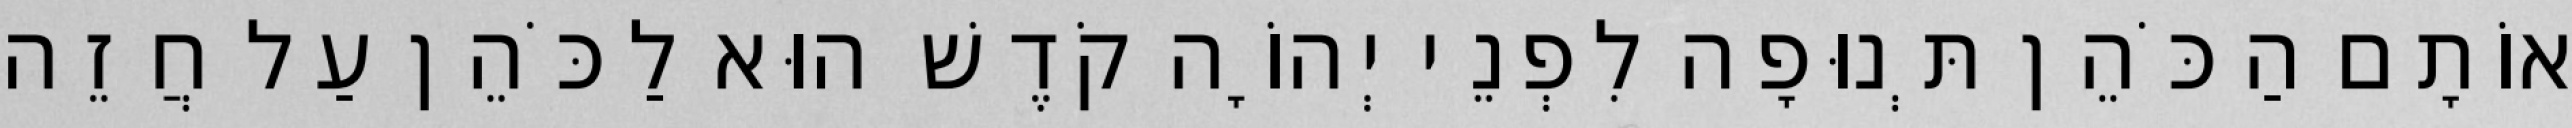
אוֹתָם הַכֹּהֵן תְּנוּפָה לִפְנֵי יְהוָֹה קֹדֶשׁ הוּא לַכֹּהֵן עַל חֲזֵה